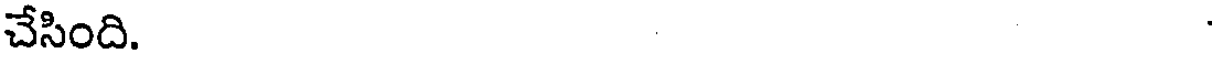
చేసింది.